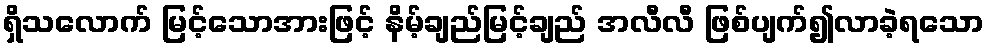
ရှိသလောက် မြင့်သောအားဖြင့် နိမ့်ချည်မြင့်ချည် အလီလီ ဖြစ်ပျက်၍လာခဲ့ရသော